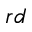
^ { r d }